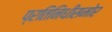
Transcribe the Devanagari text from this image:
प्रतिनिधींसमोर